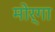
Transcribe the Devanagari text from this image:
मोर्गा